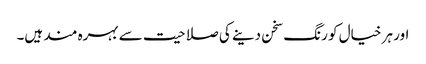
اور ہر خیال کو رنگ سخن دینے کی صلاحیت سے بہرہ مند ہیں۔